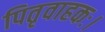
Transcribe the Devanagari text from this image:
पितृवाहकः।